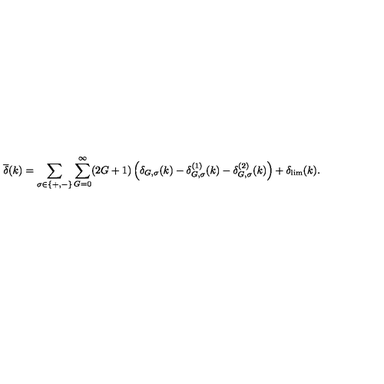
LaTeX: \overline { { \delta } } ( k ) = \sum _ { \sigma \in \{ + , - \} } \sum _ { G = 0 } ^ { \infty } ( 2 G + 1 ) \left( \delta _ { G , \sigma } ( k ) - \delta _ { G , \sigma } ^ { ( 1 ) } ( k ) - \delta _ { G , \sigma } ^ { ( 2 ) } ( k ) \right) + \delta _ { \mathrm { l i m } } ( k ) .